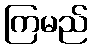
ကြမည်